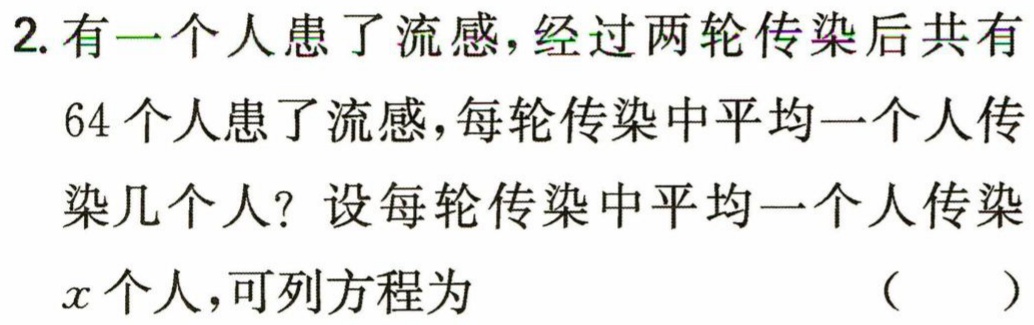
2. 有一个人患了流感，经过两轮传染后共有
64个人患了流感，每轮传染中平均一个人传
染几个人？设每轮传染中平均一个人传染
\(x\)个人，可列方程为 （  ）